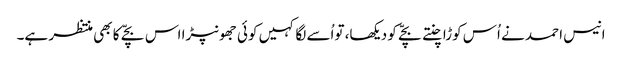
انیس احمد نے اُس کوڑا چنتے بچّے کو دیکھا، تواُسے لگا کہیں کوئی جھونپڑا اس بچّے کا بھی منتظر ہے۔